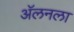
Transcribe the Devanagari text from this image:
अॅलनला